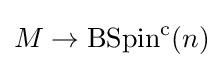
M\rightarrow \operatorname {BSpin} ^{\mathrm {c} }(n)